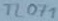
Text: TL071